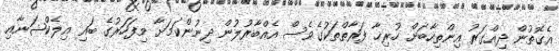
އެގޮތުން ދިއްގަރު އިންތިހާބަށް ހުރިހާ ފަރާތްތަކުގެވެސް އެއްބާރުލުން ދިނުންކަމަށާ މިފަހަރުގެ ބައި އިލެކްޝަނާއި